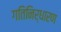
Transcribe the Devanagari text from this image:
गतिनिर्धारण